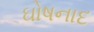
ઘોષનાદ